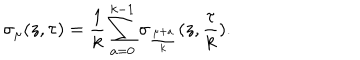
LaTeX: \sigma _ { \mu } ( z , \tau ) = \frac { 1 } { k } \sum _ { a = 0 } ^ { k - 1 } \sigma _ { \frac { \mu + a } { k } } ( z , \frac { \tau } { k } ) .